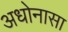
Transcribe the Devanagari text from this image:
अधोनासा